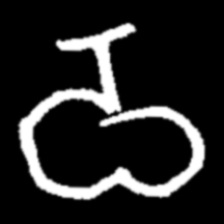
Pyu character \u2014 Myanmar letter: ဝ (romanized: wa)